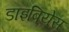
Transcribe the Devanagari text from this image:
डाइबियेस